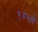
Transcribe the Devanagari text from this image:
१४५वे